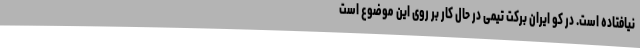
نیافتاده است. در کو ایران برکت تیمی در حال کار بر روی این موضوع است